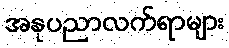
အနုပညာလက်ရာများ